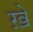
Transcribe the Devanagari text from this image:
ख़े